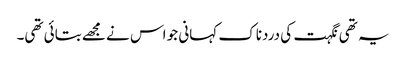
یہ تھی نگہت کی دردناک کہانی جو اس نے مجھے بتائی تھی۔